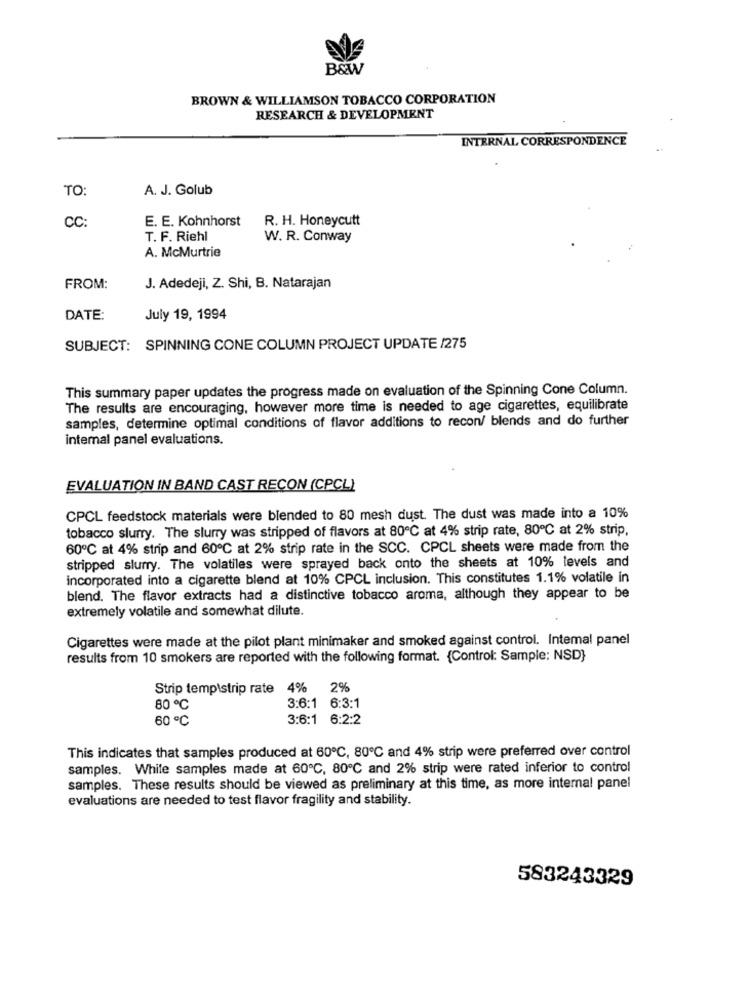
B&W
BROWN & WILLIAMSON TOBACCO CORPORATION
RESEARCH & DEVELOPMENT
INTERNAL CORRESPONDENCE
TO:
A. J. Golub
E. E. Kohnhorst
R. H. Honeycutt
CC:
T. F. Riehl
W. R. Conway
A. McMurtrie
FROM:
J. Adedeji, Z. Shi, B. Natarajan
DATE:
July 19, 1994
SUBJECT: SPINNING CONE COLUMN PROJECT UPDATE /275
This summary paper updates the progress made on evaluation of the Spinning Cone Column.
The results are encouraging, however more time is needed to age cigarettes, equilibrate
samples, determine optimal conditions of flavor additions to recon/ blends and do further
intemal panel evaluations.
EVALUATION IN BAND CAST RECON (CPCL)
CPCL feedstock materials were blended to 80 mesh dust. The dust was made into a 10%
tobacco slurry. The slurry was stripped of flavors at 80℃ at 4% strip rate, 80℃ at 2% strip,
60℃ at 4% strip and 60℃ at 2% strip rate in the SCC. CPCL sheets were made from the
stripped slurry. The volatiles were sprayed back onto the sheets at 10% levels and
incorporated into a cigarette blend at 10% CPCL inclusion. This constitutes 1.1% volatile in
blend. The flavor extracts had a distinctive tobacco aroma, although they appear to be
extremely volatile and somewhat dilute.
Cigarettes were made at the pilot plant minimaker and smoked against control. Intemal panel
results from 10 smokers are reported with the following format. {Control: Sample: NSD}
Strip templstrip rate 4%
2%
80 ℃
3:6:1 6:3:1
60 ℃
3:6:1 6:2:2
This indicates that samples produced at 60℃, 80℃ and 4% strip were preferred over control
samples. While samples made at 60℃, 80℃ and 2% strip were rated inferior to control
samples. These results should be viewed as preliminary at this time, as more internal panel
evaluations are needed to test flavor fragility and stability.
583243329